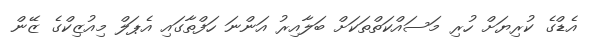
އެޑްގެ ކުރިޔަށް ހުރި މަސައްކަތްތަކަށް ބަލާއިރު އަންނަ ހަފްތާގައި އެޕަލް މިއުޒިކްގެ ޒޭން